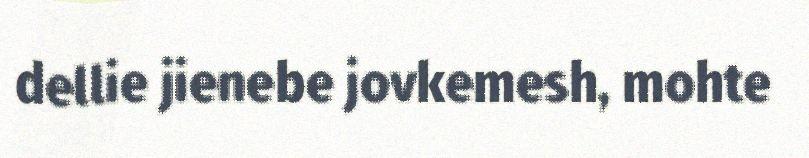
dellie jienebe jovkemesh, mohte